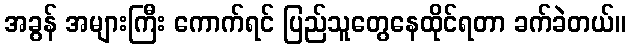
အခွန် အများကြီး ကောက်ရင် ပြည်သူတွေနေထိုင်ရတာ ခက်ခဲတယ်။